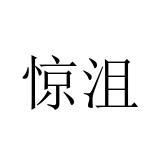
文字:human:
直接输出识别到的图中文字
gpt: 惊沮